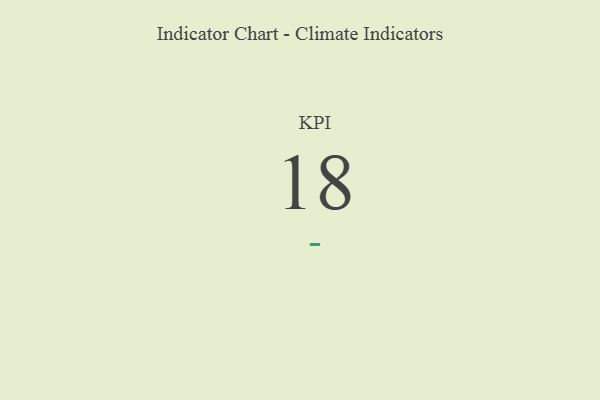
{"axis": {"x": "KPI", "y": "Value"}, "legend": [""], "data": [{"x": "KPI", "y": 18, "type": ""}]}